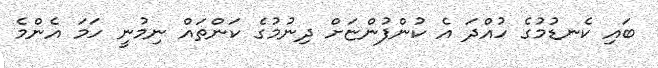
ބައި ކެނޑުމުގެ ހުއްދަ އެ ކުންފުންޏަށް ދިނުމުގެ ކަންތައް ނިމުނީ ހަމަ އެންމެ